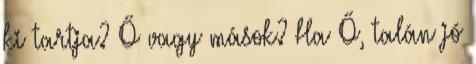
ki tartja? Ő vagy mások? Ha Ő, talán jó